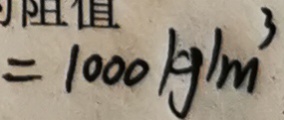
= 1 0 0 0 k g / m ^ { 3 }